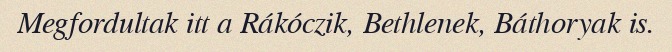
Megfordultak itt a Rákóczik, Bethlenek, Báthoryak is.